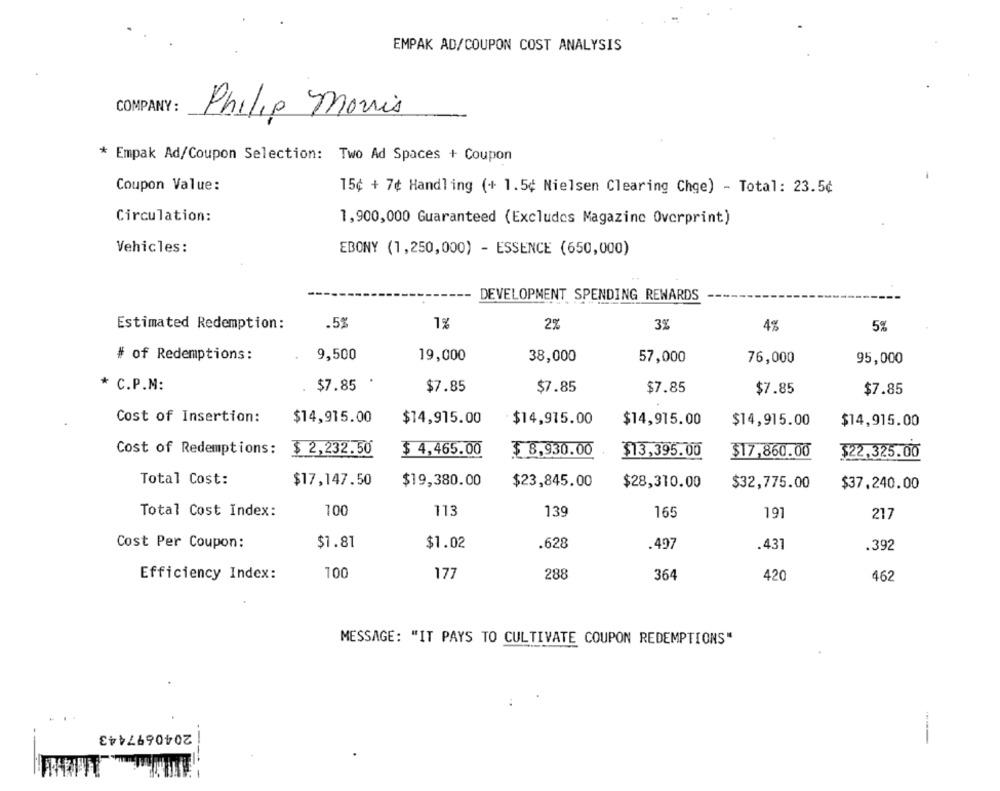
EMPAK AD/COUPON COST ANALYSIS
COMPANY:
Philip Morris
* Empak Ad/Coupon Selection: Two Ad Spaces + Coupon
Coupon Value:
15¢ + 7¢ Handling (+ 1.5¢ Nielsen Clearing Chge) - Total: 23.5¢
Circulation:
1,900,000 Guaranteed (Excludes Magazine Overprint)
Vehicles:
EBONY (1,250,000) - ESSENCE (650,000)
DEVELOPMENT SPENDING REWARDS
.5%
2%
Estimated Redemption:
1%
3%
4%
5%
# of Redemptions:
9,500
19,000
38,000
57,000
76,000
95,000
* C.P.M:
$7.85
$7.85
$7.85
$7.85
$7.85
$7.85
Cost of Insertion:
$14,915.00
$14,915.00
$14,915.00
$14,915.00
$14,915.00
$14,915.00
Cost of Redemptions:
$ 2,232.50
$ 4,465.00
$ 8,930.00
$13,395.00
$17,860.00
$22,325.00
Total Cost:
$17,147.50
$19,380.00
$23,845.00
$28,310.00
$32,775.00
$37,240.00
Total Cost Index:
100
113
139
165
191
217
Cost Per Coupon:
$1.81
$1.02
.628
.497
.431
.392
Efficiency Index:
100
177
288
364
420
462
MESSAGE: "IT PAYS TO CULTIVATE COUPON REDEMPTIONS"
2040697443